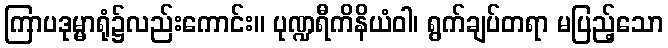
ကြာပဒုမ္မာရုံ၌လည်းကောင်း။ ပုဏ္ဍရီကိနိယံဝါ၊ ရွက်ချပ်တရာ မပြည့်သော